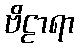
ဗိဠာရာ